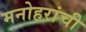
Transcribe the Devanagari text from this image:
मनोहरांची